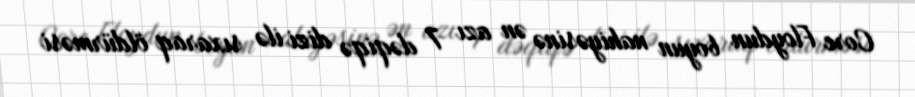
Corc Floydun boyun nahiyəsinə ən azı 7 dəqiqə dizi ilə sıxaraq öldürməsi